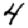
Digit: 4